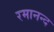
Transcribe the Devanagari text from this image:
रमानन्द